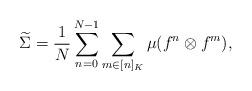
LaTeX: \begin{align*}\widetilde\Sigma = \frac{1}{N}\sum_{n=0}^{N-1}\sum_{m \in [n]_K} \mu(f^n \otimes f^m),\end{align*}